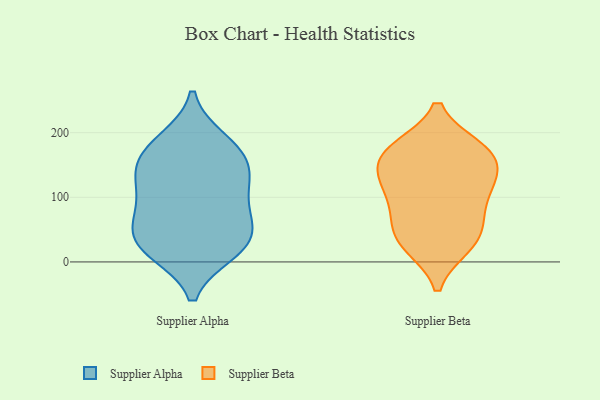
{"axis": {"x": "Demand Index", "y": "Value"}, "legend": ["Supplier Alpha", "Supplier Beta"], "data": [{"x": "", "y": 51, "type": "Supplier Alpha"}, {"x": "", "y": 136, "type": "Supplier Alpha"}, {"x": "", "y": 98, "type": "Supplier Alpha"}, {"x": "", "y": 19, "type": "Supplier Alpha"}, {"x": "", "y": 188, "type": "Supplier Alpha"}, {"x": "", "y": 68, "type": "Supplier Alpha"}, {"x": "", "y": 180, "type": "Supplier Alpha"}, {"x": "", "y": 137, "type": "Supplier Alpha"}, {"x": "", "y": 66, "type": "Supplier Alpha"}, {"x": "", "y": 111, "type": "Supplier Alpha"}, {"x": "", "y": 33, "type": "Supplier Alpha"}, {"x": "", "y": 22, "type": "Supplier Alpha"}, {"x": "", "y": 16, "type": "Supplier Alpha"}, {"x": "", "y": 170, "type": "Supplier Alpha"}, {"x": "", "y": 147, "type": "Supplier Alpha"}, {"x": "", "y": 131, "type": "Supplier Beta"}, {"x": "", "y": 25, "type": "Supplier Beta"}, {"x": "", "y": 72, "type": "Supplier Beta"}, {"x": "", "y": 175, "type": "Supplier Beta"}, {"x": "", "y": 172, "type": "Supplier Beta"}, {"x": "", "y": 126, "type": "Supplier Beta"}, {"x": "", "y": 54, "type": "Supplier Beta"}, {"x": "", "y": 176, "type": "Supplier Beta"}, {"x": "", "y": 153, "type": "Supplier Beta"}, {"x": "", "y": 121, "type": "Supplier Beta"}, {"x": "", "y": 80, "type": "Supplier Beta"}, {"x": "", "y": 25, "type": "Supplier Beta"}, {"x": "", "y": 171, "type": "Supplier Beta"}, {"x": "", "y": 34, "type": "Supplier Beta"}, {"x": "", "y": 111, "type": "Supplier Beta"}]}